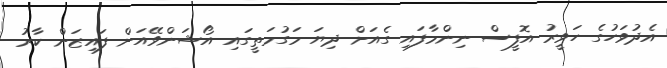
އެދުވަހުގެ ހަވީރު އޮފީސް ނިންމާފައި ގެއަށް ދިޔަ މަގުމަތީގައި އޯޝަންވޭއަށް ފައިޒަން ކާރު